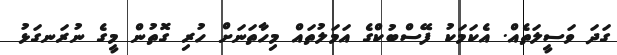
ގަދަ ވަސީލަތެއް. އެކަމަކު ފޭސްބުކްގެ އަމަލުތައް މިހާތަނަށް ހުރި ގޮތުން މީގެ ނުރަނގަޅު